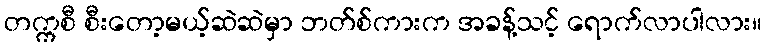
တက္ကစီ စီးတော့မယ့်ဆဲဆဲမှာ ဘတ်စ်ကားက အခန့်သင့် ရောက်လာပါလား။